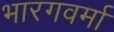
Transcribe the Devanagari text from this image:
भारगवर्मा